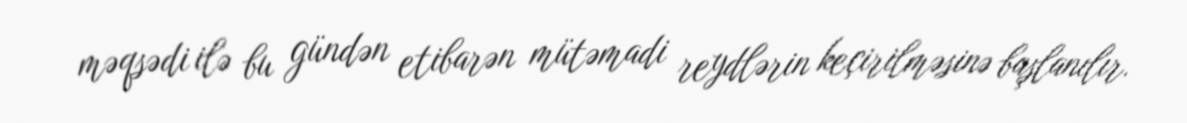
məqsədi ilə bu gündən etibarən mütəmadi reydlərin keçirilməsinə başlanılır.